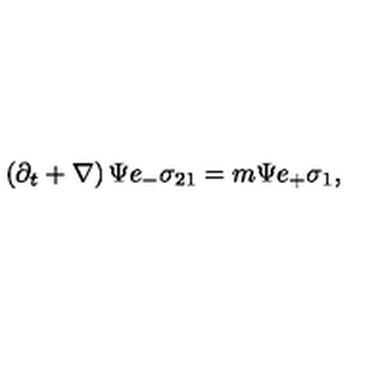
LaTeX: \left( \partial _ { t } + \nabla \right) \Psi e _ { - } \sigma _ { 2 1 } = m \Psi e _ { + } \sigma _ { 1 } ,